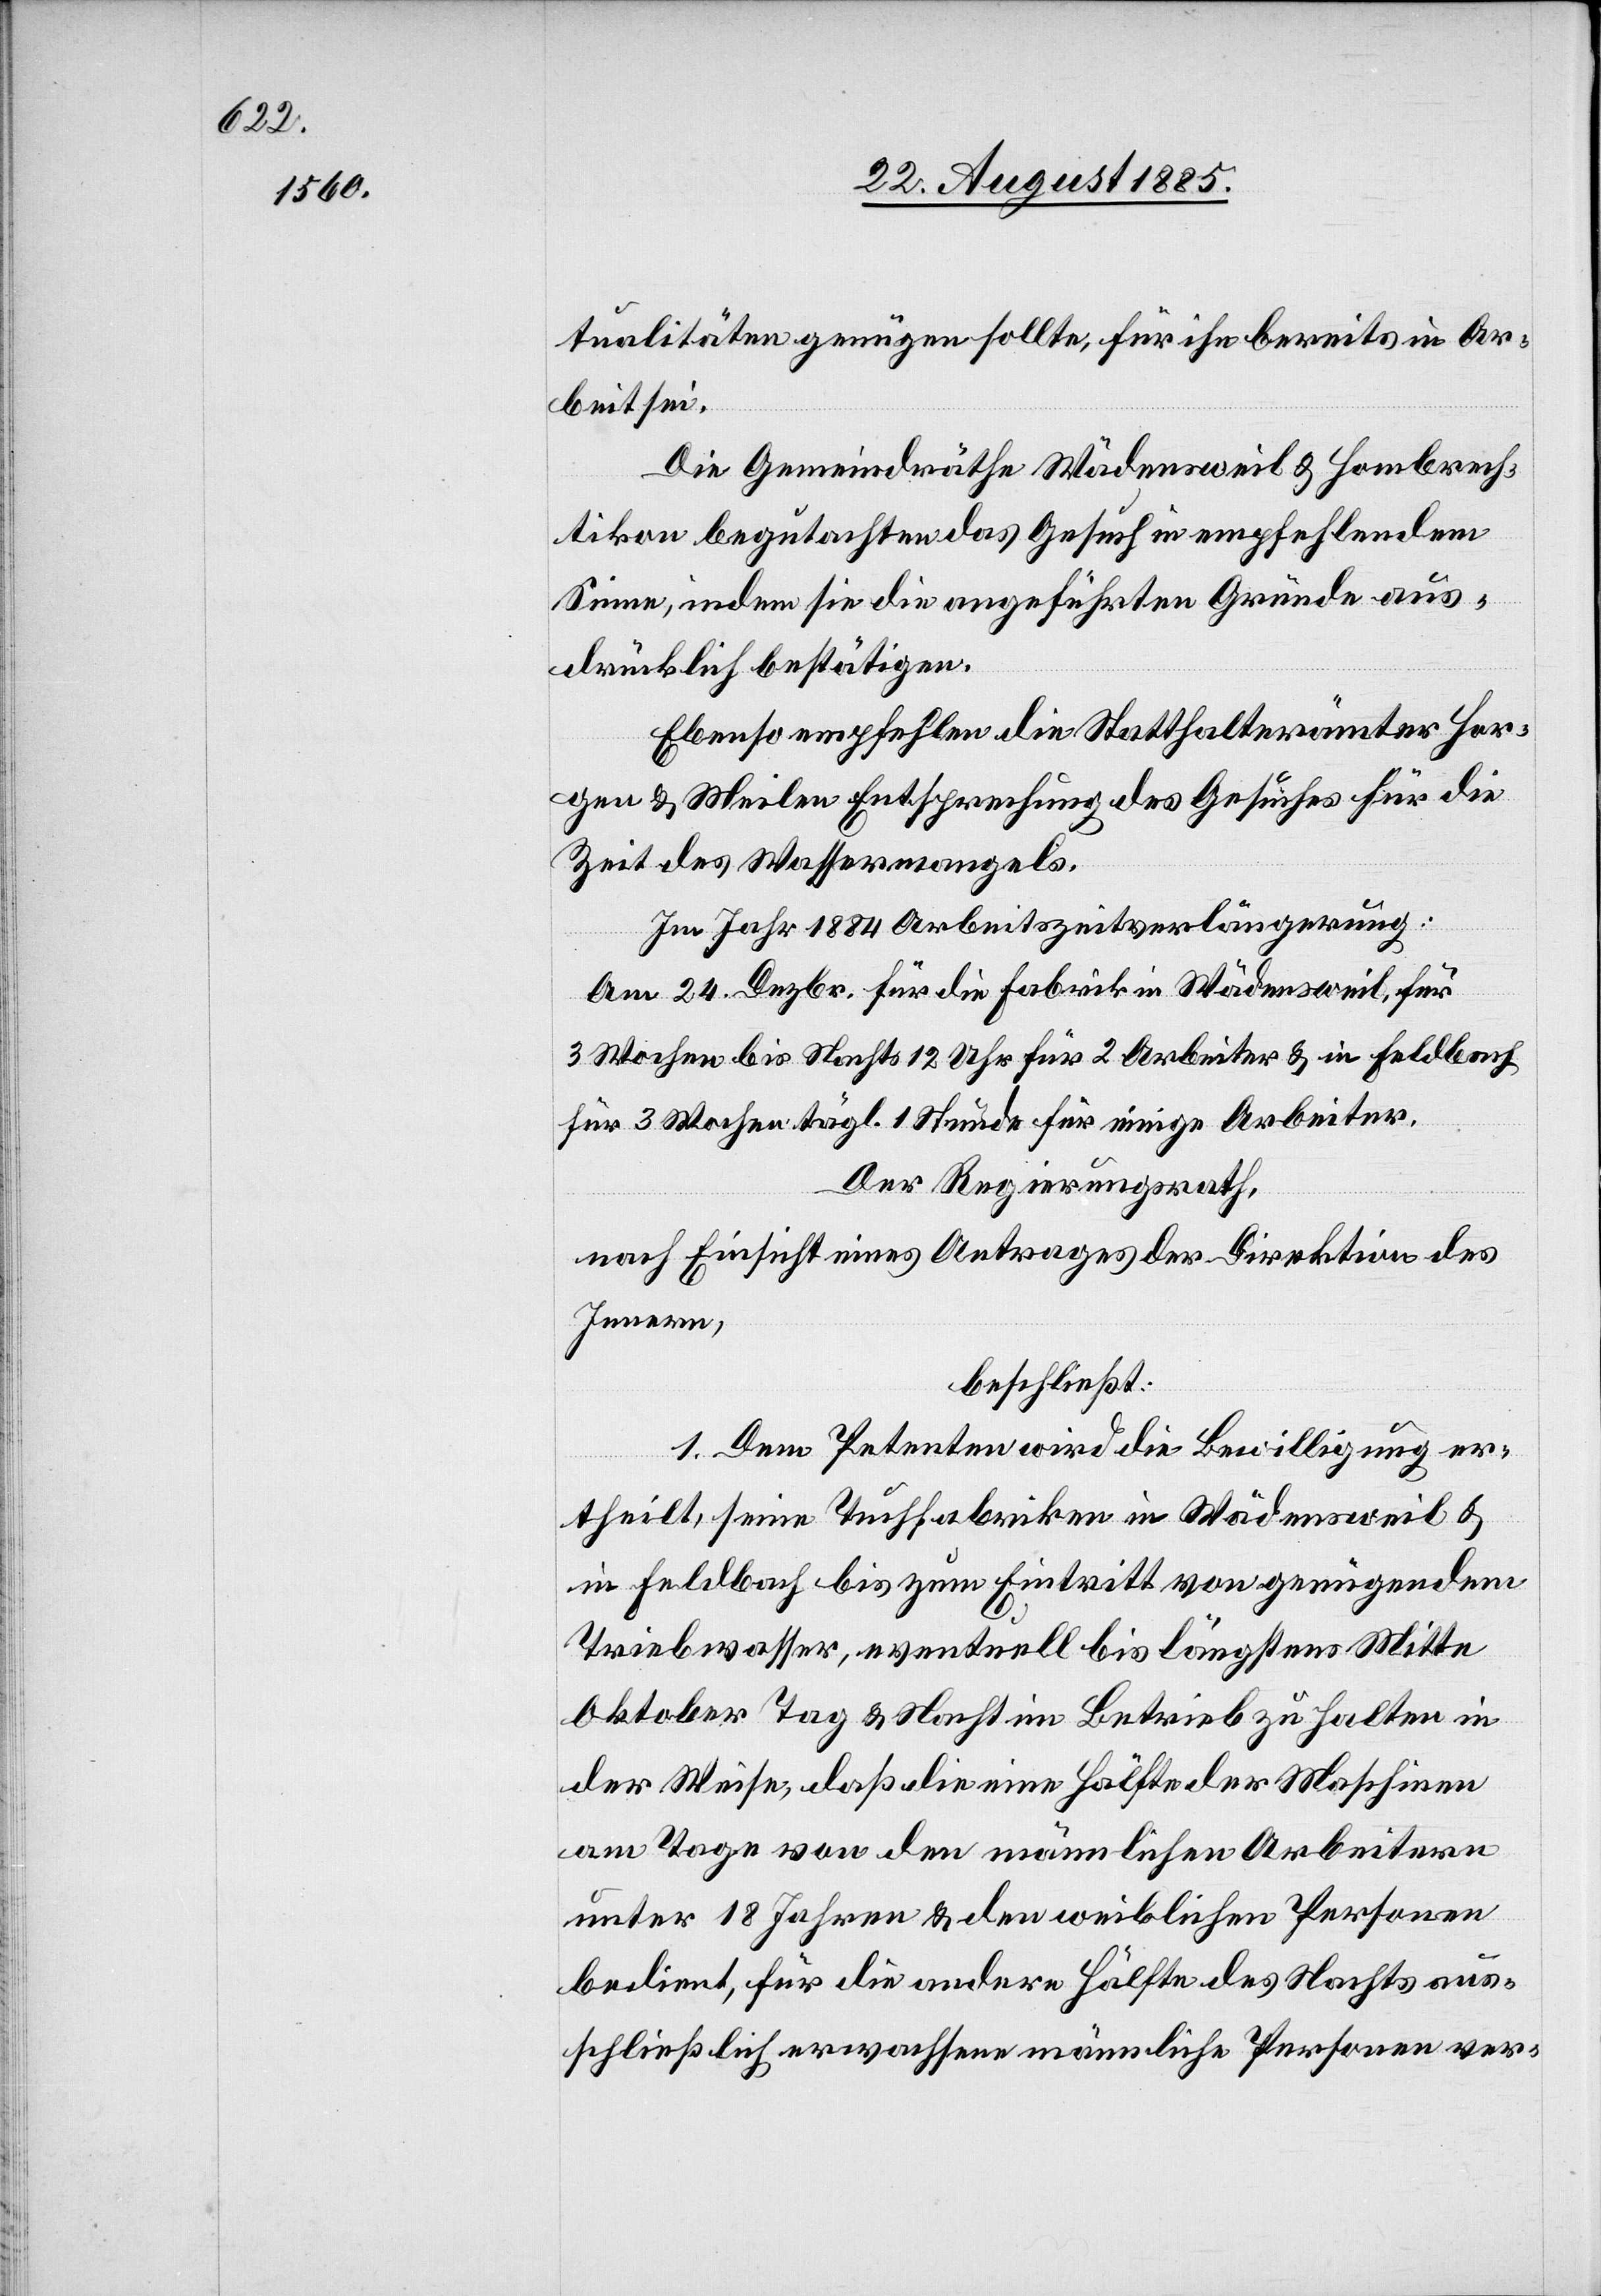
tualitäten genügen sollte, für ihn bereits in Ar¬
beit sei.
Die Gemeindräthe Wädensweil & Hombrech¬
tikon begutachten das Gesuch in empfehlendem
Sinne, indem sie die angeführten Gründe aus¬
drücklich bestätigen.
Ebenso empfehlen die Statthalterämter Hor¬
gen & Meilen Entsprechung des Gesuches für die
Zeit des Wassermangels.
Im Jahr 1884 Arbeitszeitverlängerung:
Am 24. Dezbr. für die Fabrik in Wädensweil, für
3 Wochen bis Nachts 12 Uhr für 2 Arbeiter & in Feldbach
für 3 Wochen tägl. 1 Stunde für einige Arbeiter.
Der Regierungsrath,
nach Einsicht eines Antrages der Direktion des
Innern,
beschließt:
1. Dem Petenten wird die Bewilligung er¬
theilt, seine Tuchfabriken in Wädensweil &
in Feldbach bis zum Eintritt von genügendem
Triebwasser, eventuell bis längstens Mitte
Oktober Tag & Nacht im Betrieb zu halten in
der Weise, daß die eine Hälfte der Maschinen
am Tage von den männlichen Arbeitern
unter 18 Jahren & den weiblichen Personen
bedient, für die andere Hälfte des Nachts aus¬
schließlich erwachsene männliche Personen ver-